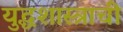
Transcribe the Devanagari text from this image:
युद्धशास्त्राची